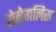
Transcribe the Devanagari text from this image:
सेनेगलिस